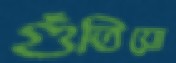
গুঁতিয়ো